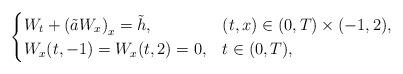
LaTeX: \begin{align*}\begin{cases}W_t + \left(\tilde a W_x \right) _x =\tilde h, & (t,x) \in (0,T) \times (-1,2),\\W_x(t,-1)=W_x(t,2)=0, & t \in (0,T),\\\end{cases}\end{align*}